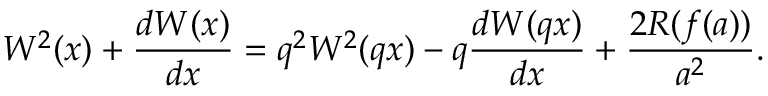
W ^ { 2 } ( x ) + \frac { d W ( x ) } { d x } = q ^ { 2 } W ^ { 2 } ( q x ) - q \frac { d W ( q x ) } { d x } + \frac { 2 R ( f ( a ) ) } { a ^ { 2 } } .